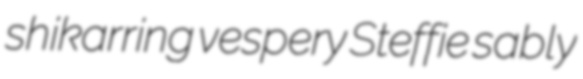
shikarring vespery Steffie sably